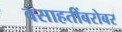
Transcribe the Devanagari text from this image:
वसाहतींबरोबर